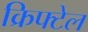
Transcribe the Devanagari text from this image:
क्रिफ्टेल